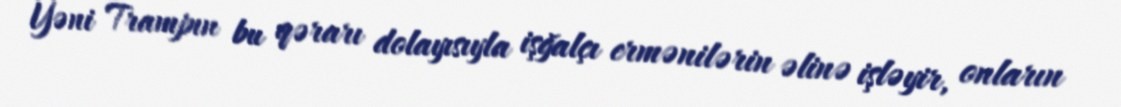
Yəni Trampın bu qərarı dolayısıyla işğalçı ermənilərin əlinə işləyir, onların